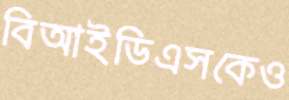
বিআইডিএসকেও